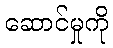
ဆောင်မှုကို